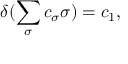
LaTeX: \delta ( \sum _ { \sigma } c _ { \sigma } \sigma ) = c _ { 1 } ,